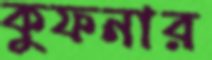
কুফনার